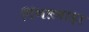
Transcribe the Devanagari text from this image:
पिंगलवाड़ा